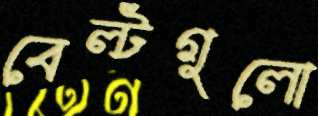
বেল্টগুলো